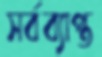
সর্বব্যাপ্ত